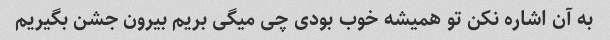
به آن اشاره نکن تو همیشه خوب بودی چی میگی بریم بیرون جشن بگیریم